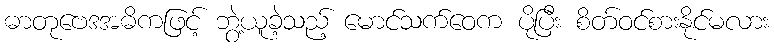
ဓာတုဗေဒအဓိကဖြင့် ဘွဲ့ယူခဲ့သည့် မောင်သက်ဝေက ပိုပြီး စိတ်ဝင်စားနိုင်မလား